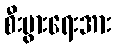
စီးပွားရေးအား